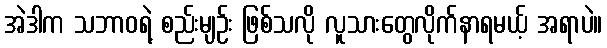
အဲဒါက သဘာဝရဲ့ စည်းမျဉ်း ဖြစ်သလို လူသားတွေလိုက်နာရမယ့် အရာပဲ။